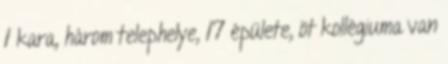
1 kara, három telephelye, 17 épülete, öt kollégiuma van